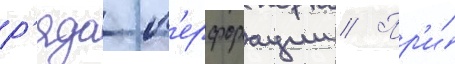
р'яда п'ерфорации // Пр'и́